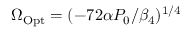
\Omega _ { \mathrm { O p t } } = ( - 7 2 \alpha P _ { 0 } / \beta _ { 4 } ) ^ { 1 / 4 }